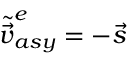
\tilde { \vec { v } } _ { a s y } ^ { e } = - \vec { s }